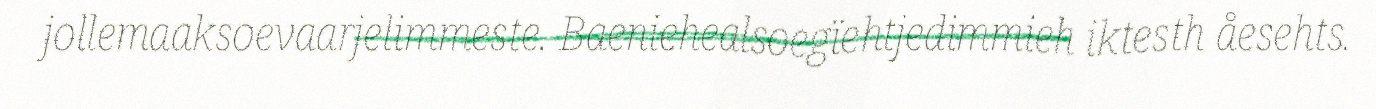
jollemaaksoevaarjelimmeste. Baeniehealsoegïehtjedimmieh iktesth åesehts.